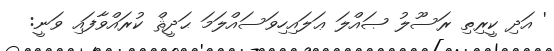
' އަދި ކީރިތި ރަސޫލު ޞައްލަ ޢަލައިހިވަސައްލަމަ ޙަދީޘް ކުރައްވާފައި ވަނީ: